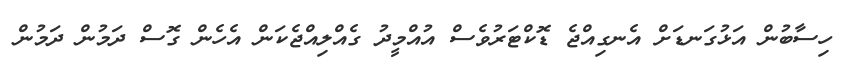
ހިސާބުން އަޅުގަނޑަށް އެނގިއްޖެ ޑޮކްޓަރުވެސް އުއްމީދު ގެއްލިއްޖެކަން އެހެން ގޮސް ދަމުން ދަމުން